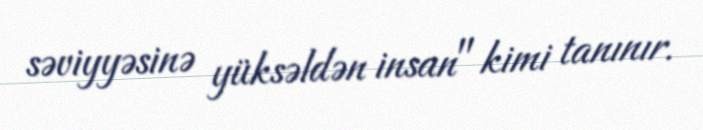
səviyyəsinə yüksəldən insan" kimi tanınır.